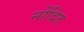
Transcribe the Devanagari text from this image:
नोंदित